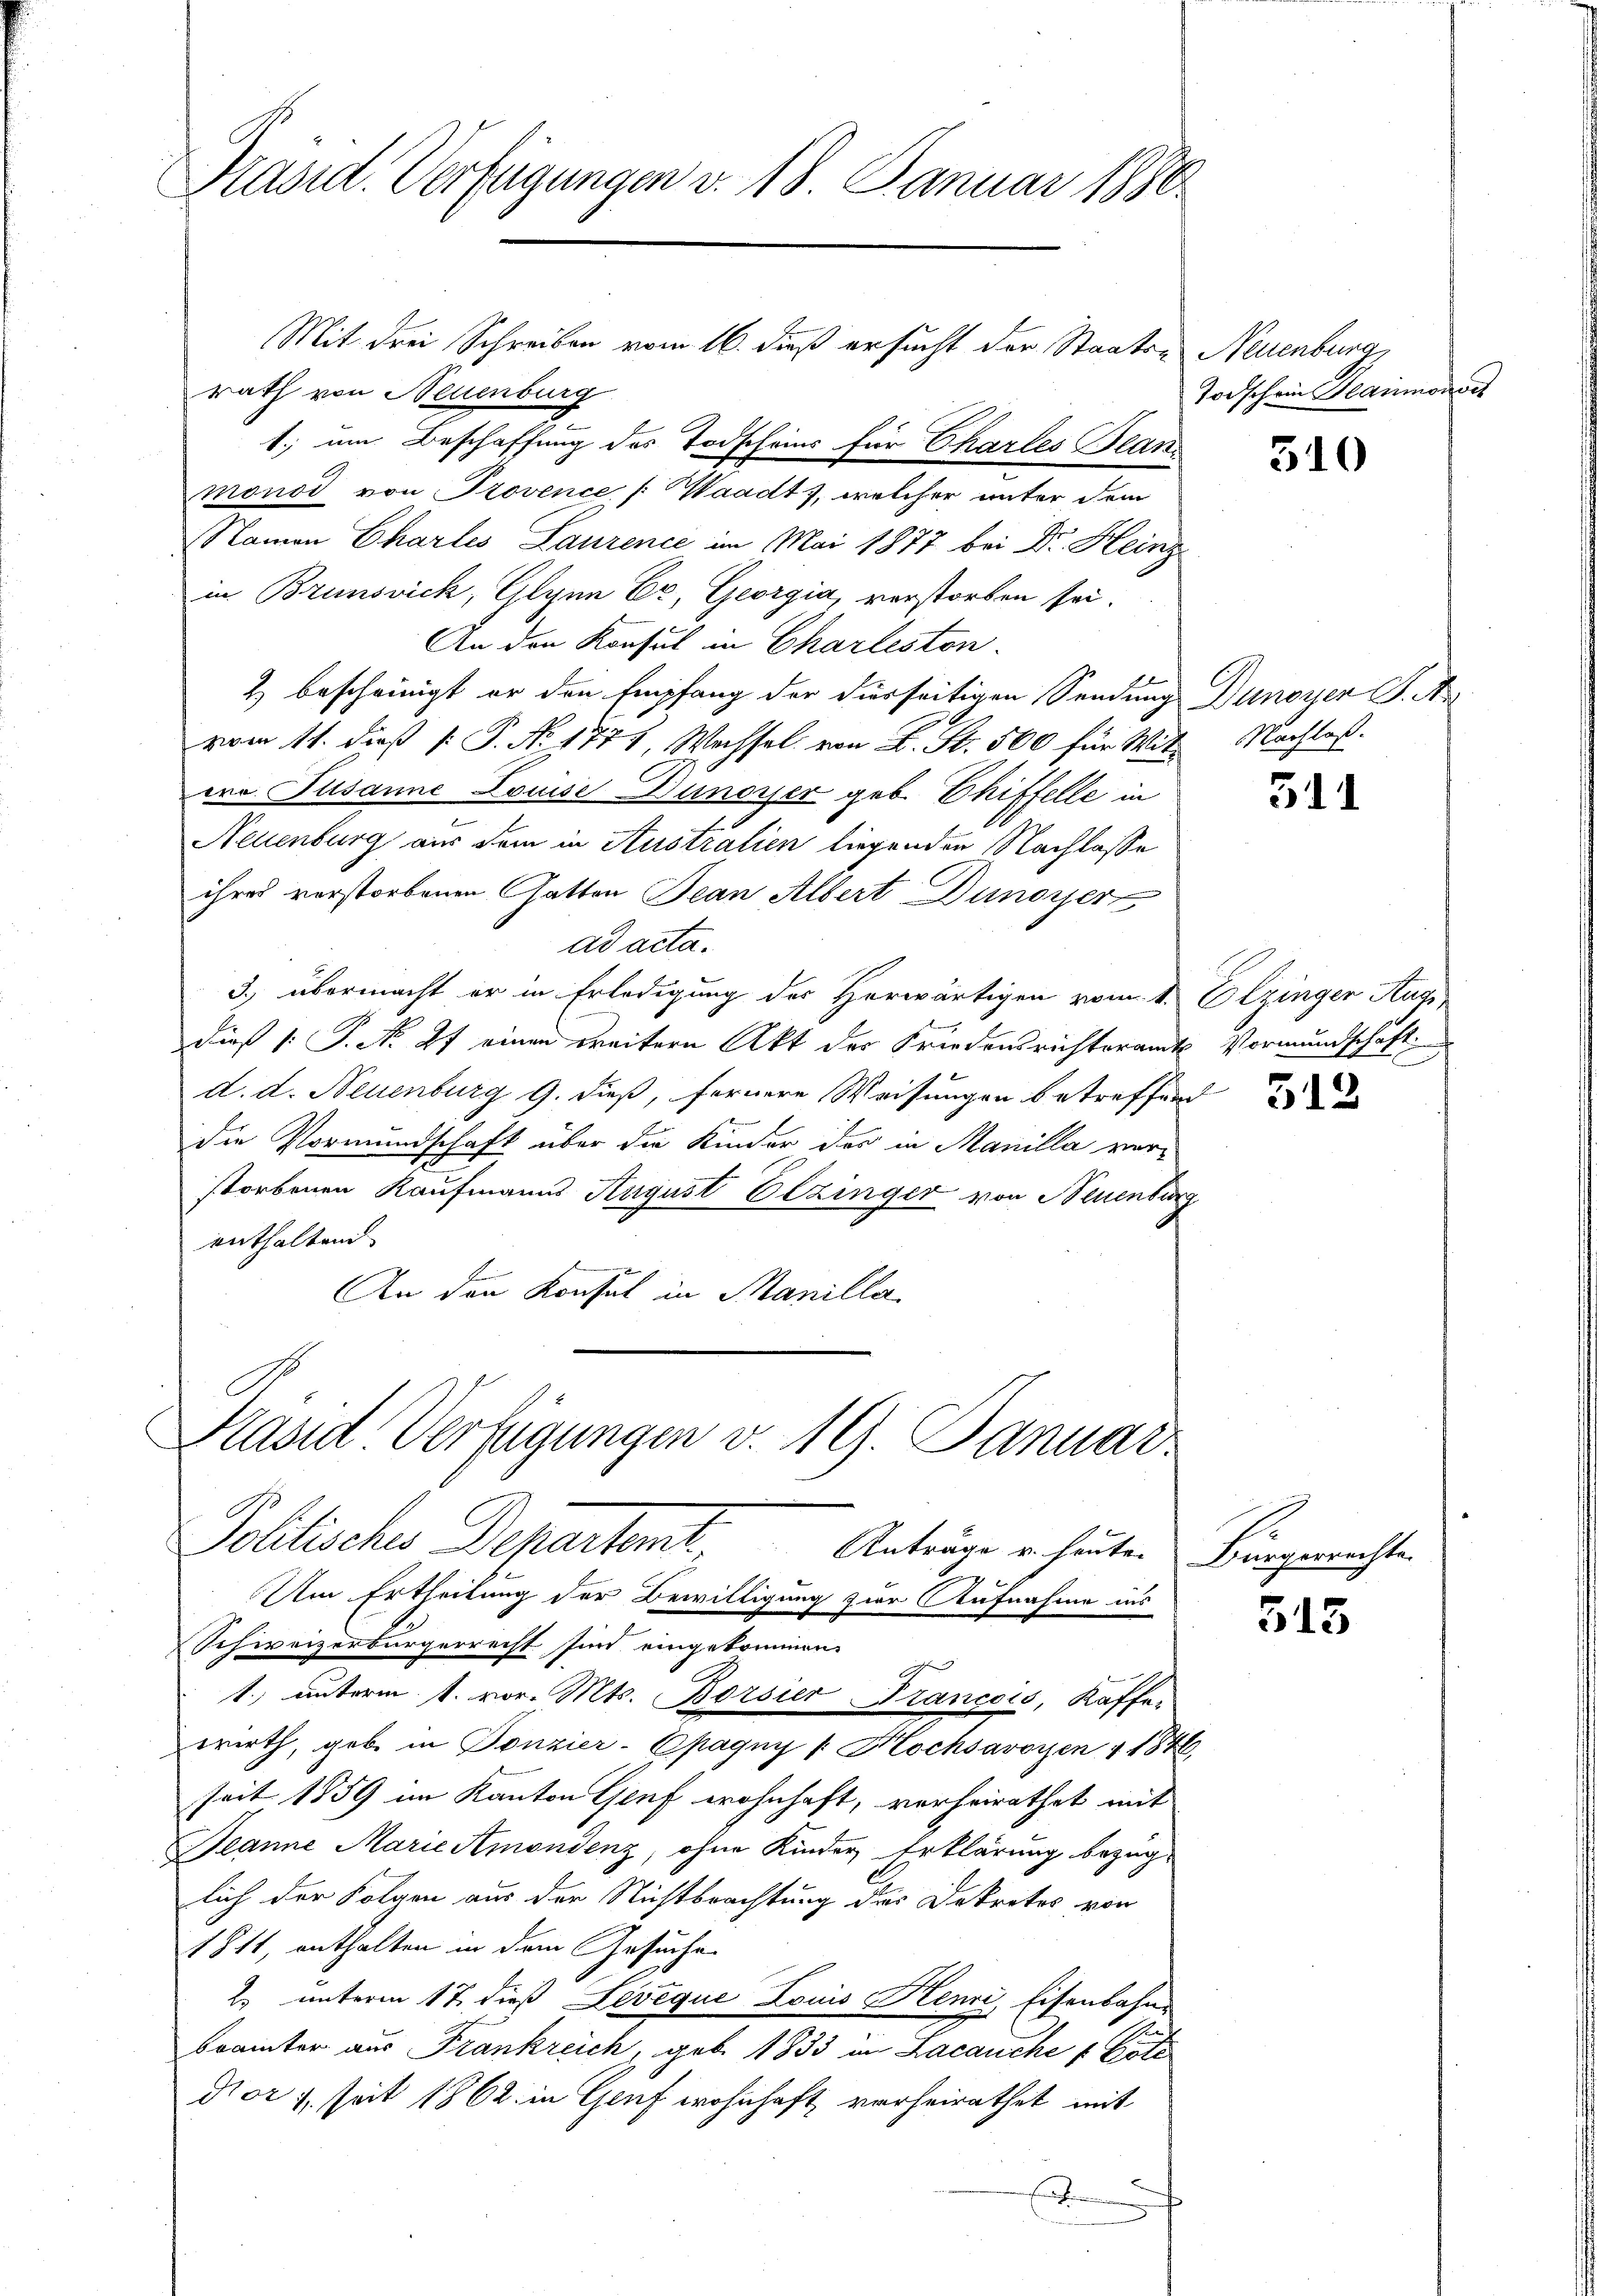
Präsid. Verfügungen v. 18. Januar 1886

rath von Neuenburg
1. um Beschaffung des Todscheins für Charles Bean
monod von Provence ( Waadt, welcher unter dem
Namen Chartes Laurence im Mai 1877 bei Dr. Heinz
in Brunsvick, Glyen Er, Georgia, verstorben sei.
An den Konsul in Charleston.
2 bescheinigt er den Empfang der diesseitigen Sendung Dunoyer J. A.
vom 11. dieß [ P. Nr. 1774, Wechsel von L. St. 560 für Mitero Susanne Louise unosser geb. Chiffelle in
Neuenburg aus dem in Australien liegenden Nachlasse
ihres verstorbenen Gatten Jean Albert Dunoyer
ad acta.
3.) übermacht er in Erledigung des Herwärtigen vom 1. Olzinger Augs
dieß (: P. No. 27 einen weitern Akt der Friedensrichteramts Vormundschaft
d. d. Neuenburg 9. dieß, fernere Weisungen betreffend
die Vormundschaft über die Kinder des in Manilla ver-
storbenen Kaufmanns August Eezinger von Neuenburg
enthaltend.
An den Konsul in Manilla

Präsid Verfügungen v. 19. Januar

Mit drei Schreiben vom 16. dieß ersucht der Staats- Neuenburg,

Politisches Departemt, Anträge er heuten Bringerechte
Um Ertheilung der Bewilligung zur Aufnahme ins
Schweizerbürgerrecht sind eingekommen.
1. unterm 1. vor. Mts. Borsier Francois, Kaffe.
wirth, geb. in Ponzier-Epagny v. Hochsavoyen + 1846
seit 1859 im Kanton Genf wohnhaft, verheirathet mit
Jeanne Marie Amondenz, ohne Kinder Erklärung bezuglich der Folgen aus der Nichtbrachtung der Dekretes von
1811, enthalten in dem Gesuchen
2. unterm 17. dieß Leveque Louis Kenni, Eisenbahnbrämter aus Frankreich, geb. 1833 in Lacanche 1 St
dor 1 seit 1862 in Genf wohnhaft vorheirathet mit
J

Todschein Sammonve

510

Nachlaß.

311

512

513